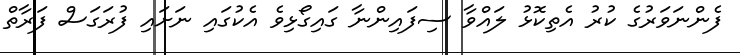
ފެންނަވަރުގެ ކުރު އެތިކޮޅު ލައްވާ ސިފައިންނާ ގައިގޯޅިވެ އެކުގައި ނަށައި ފުރަގަސް ފަރާތް